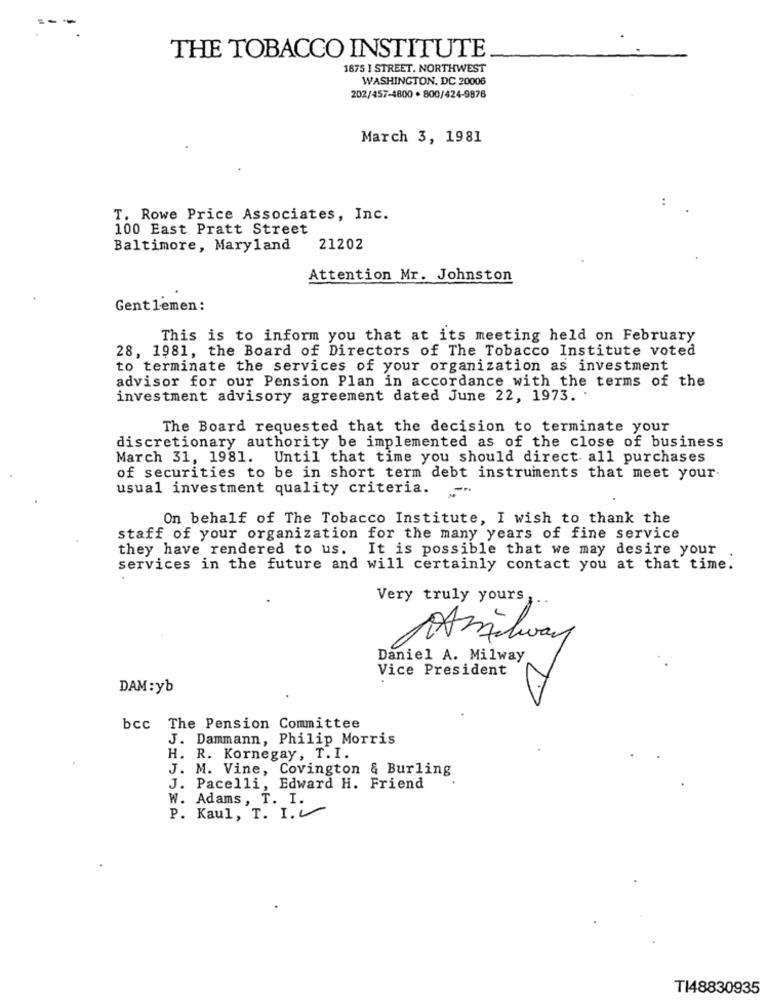
=--
THE TOBACCO INSTITUTE
1675 1 STREET. NORTHWEST
WASHINGTON, DC 20006
202/457-4800 . 800/424-9876
March 3, 1981
..
T. Rowe Price Associates, Inc.
100 East Pratt Street
Baltimore, Maryland
21202
Attention Mr. Johnston
Gentlemen:
This is to inform you that at its meeting held on February
28, 1981, the Board of Directors of The Tobacco Institute voted
to terminate the services of your organization as investment
advisor for our Pension Plan in accordance with the terms of the
investment advisory agreement dated June 22, 1973. .
The Board requested that the decision to terminate your
discretionary authority be implemented as of the close of business
March 31, 1981. Until that time you should direct all purchases
of securities to be in short term debt instruments that meet your
usual investment quality criteria.
On behalf of The Tobacco Institute, I wish to thank the
staff of your organization for the many years of fine service
they have rendered to us. It is possible that we may desire your
services in the future and will certainly contact you at that time.
Very truly yours,
1milway
Daniel A. Milway
Vice President
DAM : yb
bcc The Pension Committee
J. Dammann, Philip Morris
H. R. Kornegay, T.I.
J. M. Vine, Covington & Burling
J. Pacelli, Edward H. Friend
W. Adams, T. I.
P. Kaul, T. I.
TI48830935